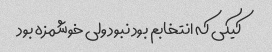
کیکی که انتخابم بود نبود ولی خوشمزه بود